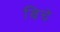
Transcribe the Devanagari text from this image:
बिचे